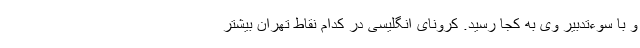
و با سوءتدبیر وی به کجا رسید. کرونای انگلیسی در کدام نقاط تهران بیشتر